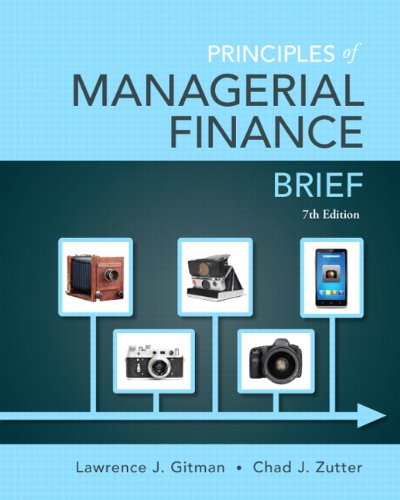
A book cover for Principles of Managerial Finance, Brief (7th Edition) (Pearson Series in Finance); Lawrence J. Gitman; Business & Money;